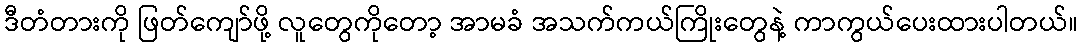
ဒီတံတားကို ဖြတ်ကျော်ဖို့ လူတွေကိုတော့ အာမခံ အသက်ကယ်ကြိုးတွေနဲ့ ကာကွယ်ပေးထားပါတယ်။